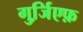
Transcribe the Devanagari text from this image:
गुर्जि़एफ़